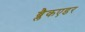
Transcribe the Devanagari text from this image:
ब्लैकएडर